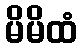
မိမိထံ